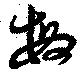
敏